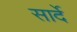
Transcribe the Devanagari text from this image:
सार्दे